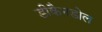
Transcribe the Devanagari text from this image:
डीकैनडोल